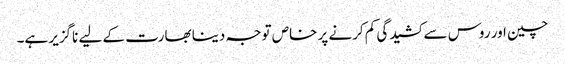
چین اور روس سے کشیدگی کم کرنے پر خاص توجہ دینا بھارت کے لیے ناگزیر ہے۔